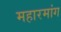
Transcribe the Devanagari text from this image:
महारमांग